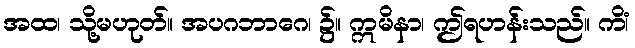
အထ၊ သို့မဟုတ်။ အပဂဘာဂေ၊ ၌။ ဣမိနာ၊ ဤရဟန်းသည်။ ကိံ၊